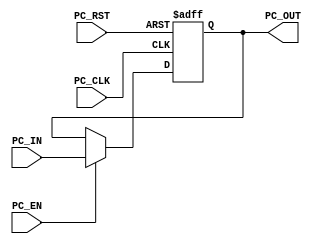
// TYPE: module
// DEPARTMENT: communication and electronics department
// AUTHOR EMAIL: mina.hannaone@gmail.com
//------------------------------------------------
// Release history
// VERSION DATE AUTHOR DESCRIPTION
// 1.0 4/9/2022 Mina Hanna final version
//------------------------------------------------
// KEYWORDS: PC, program counter ,32 bit mips
//------------------------------------------------
// PURPOSE: this is the PC flip flop of the mips\
///////////inputs and outputs ports declaration//////////////
module PCFF #(parameter WIDTH =32) (
  input     wire     [WIDTH-1:0]    PC_IN,
  input     wire                    PC_EN,
  input     wire                    PC_CLK,
  input     wire                    PC_RST,
  output    reg      [WIDTH-1:0]    PC_OUT
  );
  
  ///////////////////FF squentional logic ///////////////////
  always@(posedge PC_CLK or negedge PC_RST)
  begin
    if(!PC_RST)
      begin
        PC_OUT <= 'b0;
      end
    else if(PC_EN)
      begin
        PC_OUT <= PC_IN;
      end
  end
endmodule